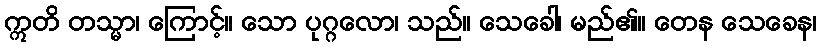
ဣတိ တသ္မာ၊ ကြောင့်။ သော ပုဂ္ဂလော၊ သည်။ သေခေါ၊ မည်၏။ တေန သေခေန၊